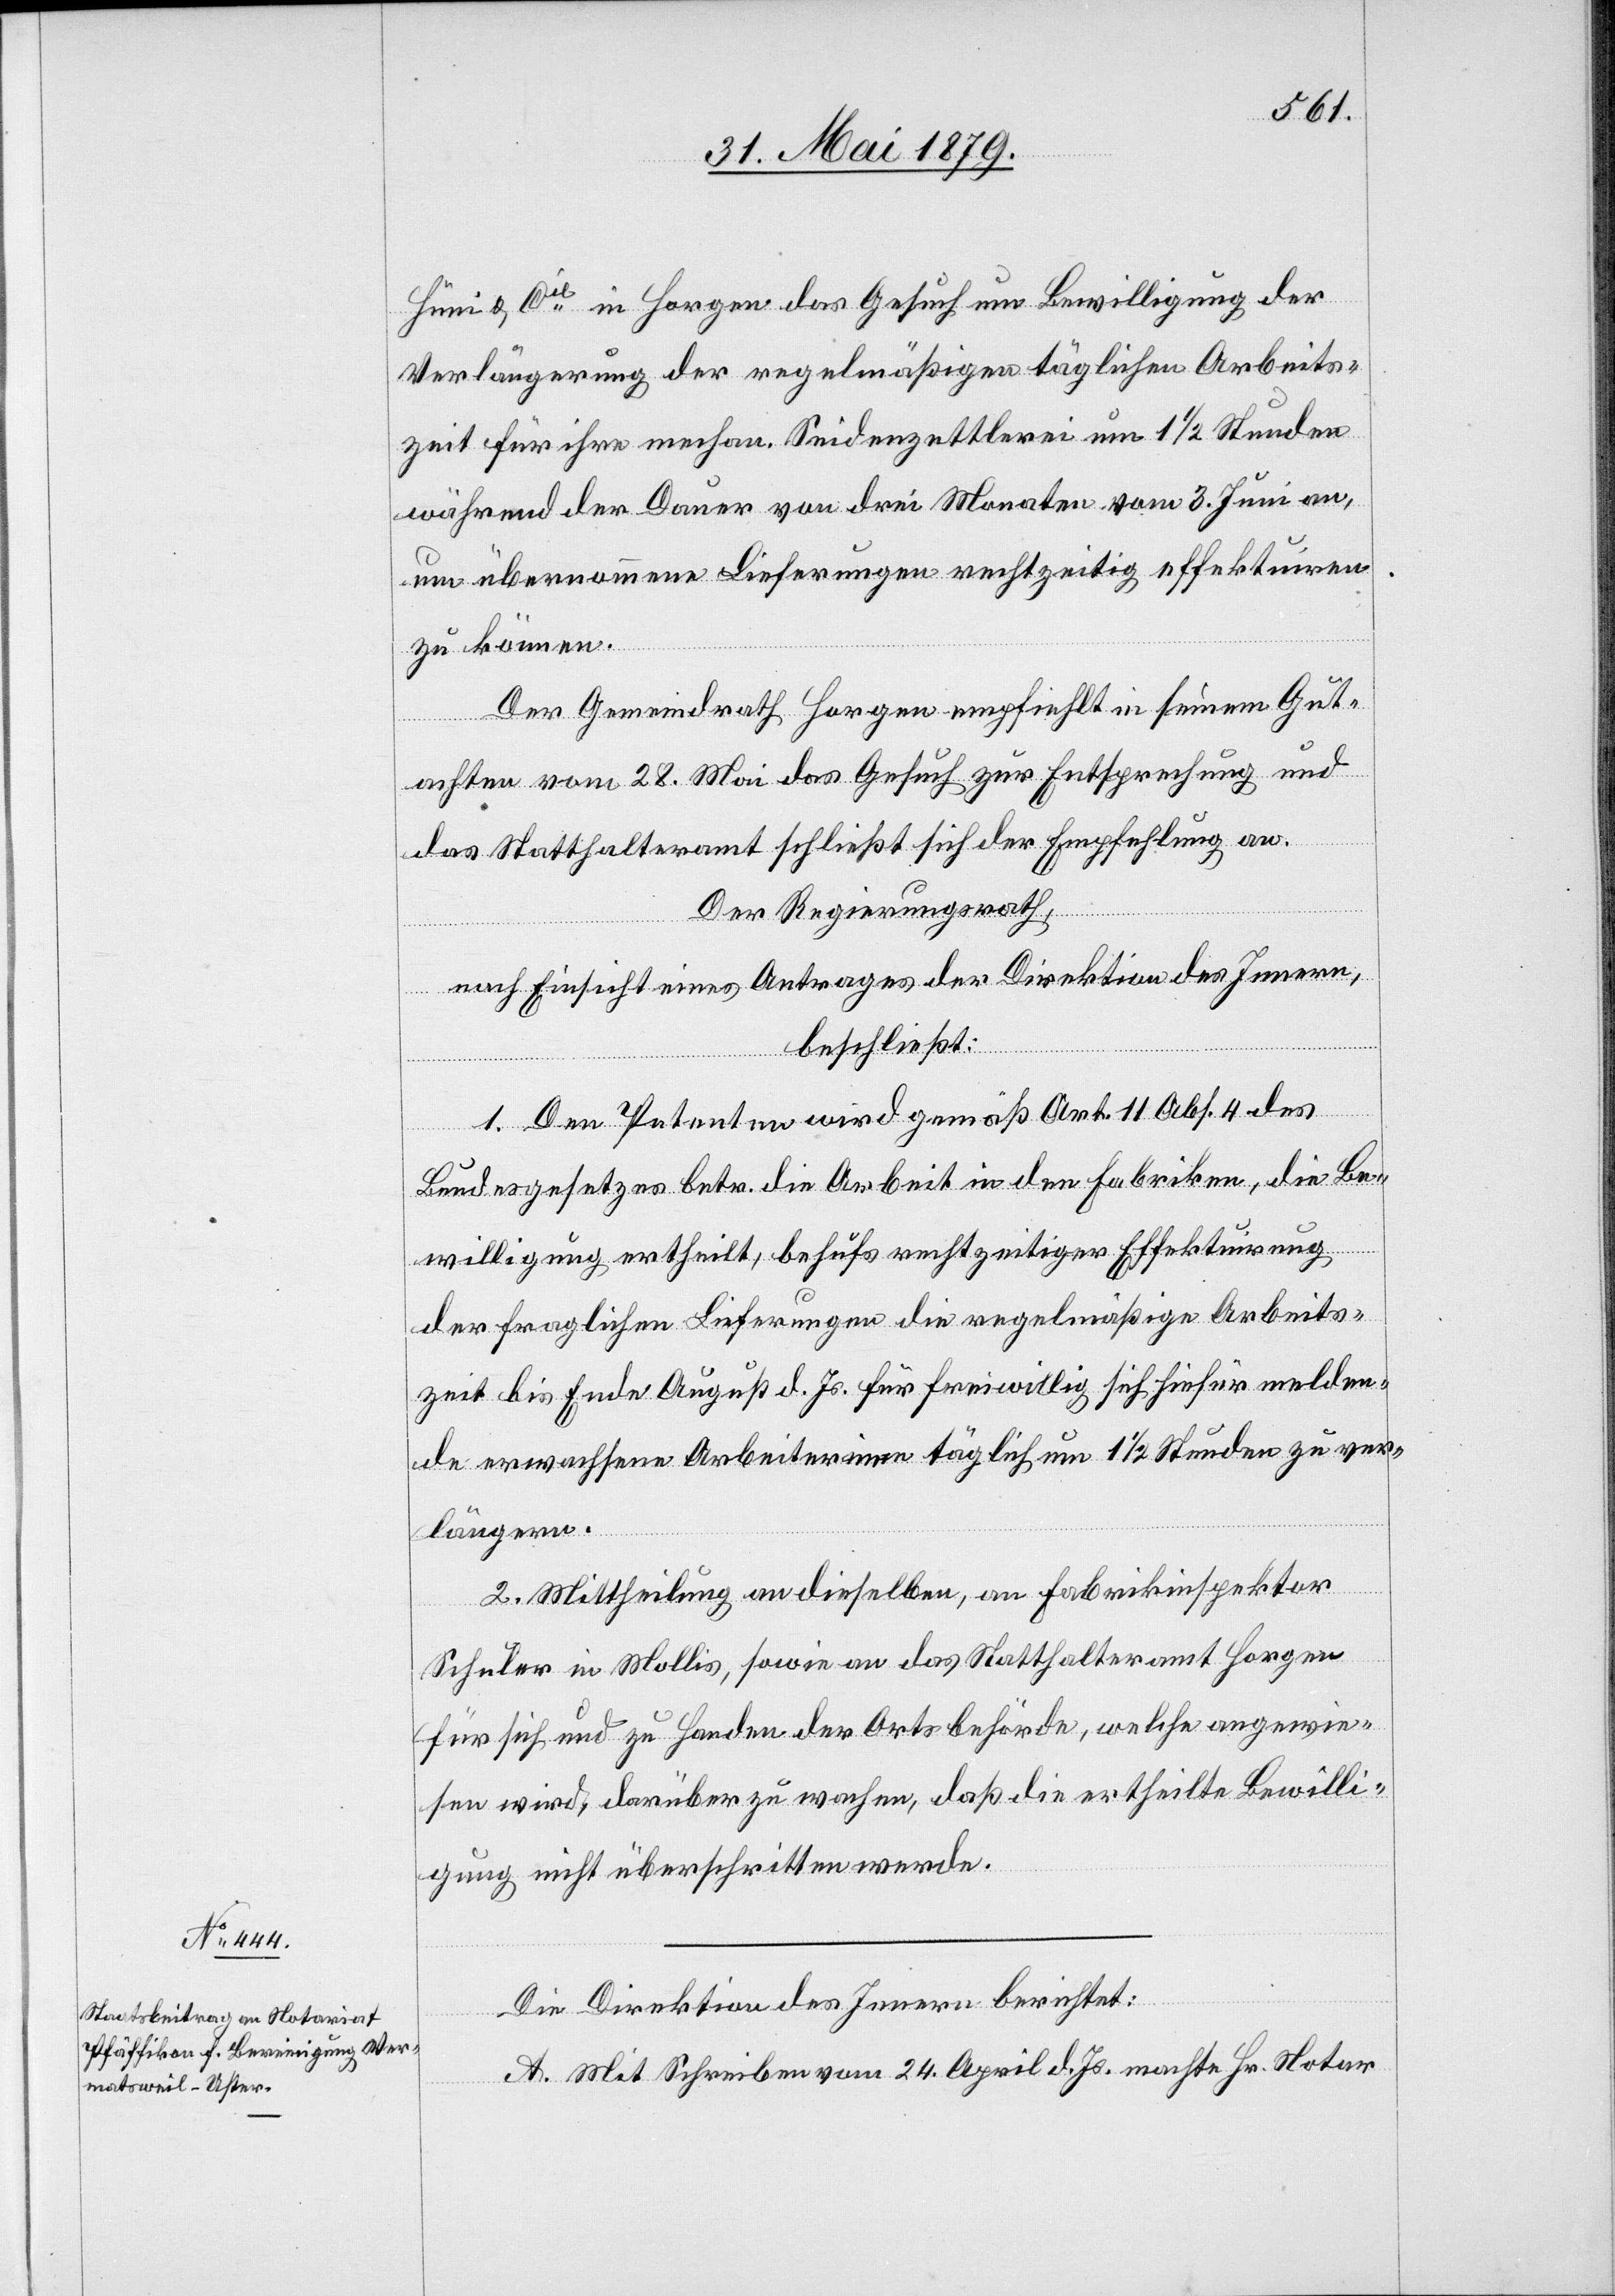
Hüni & Cie in Horgen das Gesuch um Bewilligung der
Verlängerung der regelmäßigen täglichen Arbeits¬
zeit für ihre mechan. Seidenzettlerei um 1 1/2 Stunden
während der Dauer von drei Monaten vom 3. Juni an,
um übernommene Lieferungen rechtzeitig effektuiren
zu können.
Der Gemeindrath Horgen empfiehlt in seinem Gut¬
achten vom 28. Mai das Gesuch zur Entsprechung und
das Statthalteramt schließt sich der Empfehlung an.
Der Regierungsrath,
nach Einsicht eines Antrages der Direktion des Innern,
beschließt:
1. Den Petenten wird gemäß Art. 11 Abs. 4 des
Bundesgesetzes betr. die Arbeit in den Fabriken, die Be¬
willigung ertheilt, behufs rechtzeitiger Effektuirung
der fraglichen Lieferungen die regelmäßige Arbeits¬
zeit bis Ende August d. Js. für freiwillig sich hiefür melden¬
de erwachsene Arbeiterinnen täglich um 1 1/2 Stunden zu ver¬
längern.
2. Mittheilung an dieselben, an Fabrikinspektor
Schuler in Mollis, sowie an das Statthalteramt Horgen
für sich und zu Handen der Ortsbehörde, welche angewie¬
sen wird, darüber zu wachen, daß die ertheilte Bewilli¬
gung nicht überschritten werde.
Die Direktion des Innern berichtet:
A. Mit Schreiben vom 24. April d. Js. machte Hr. Notar